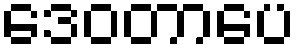
ဒေဝတာပေ